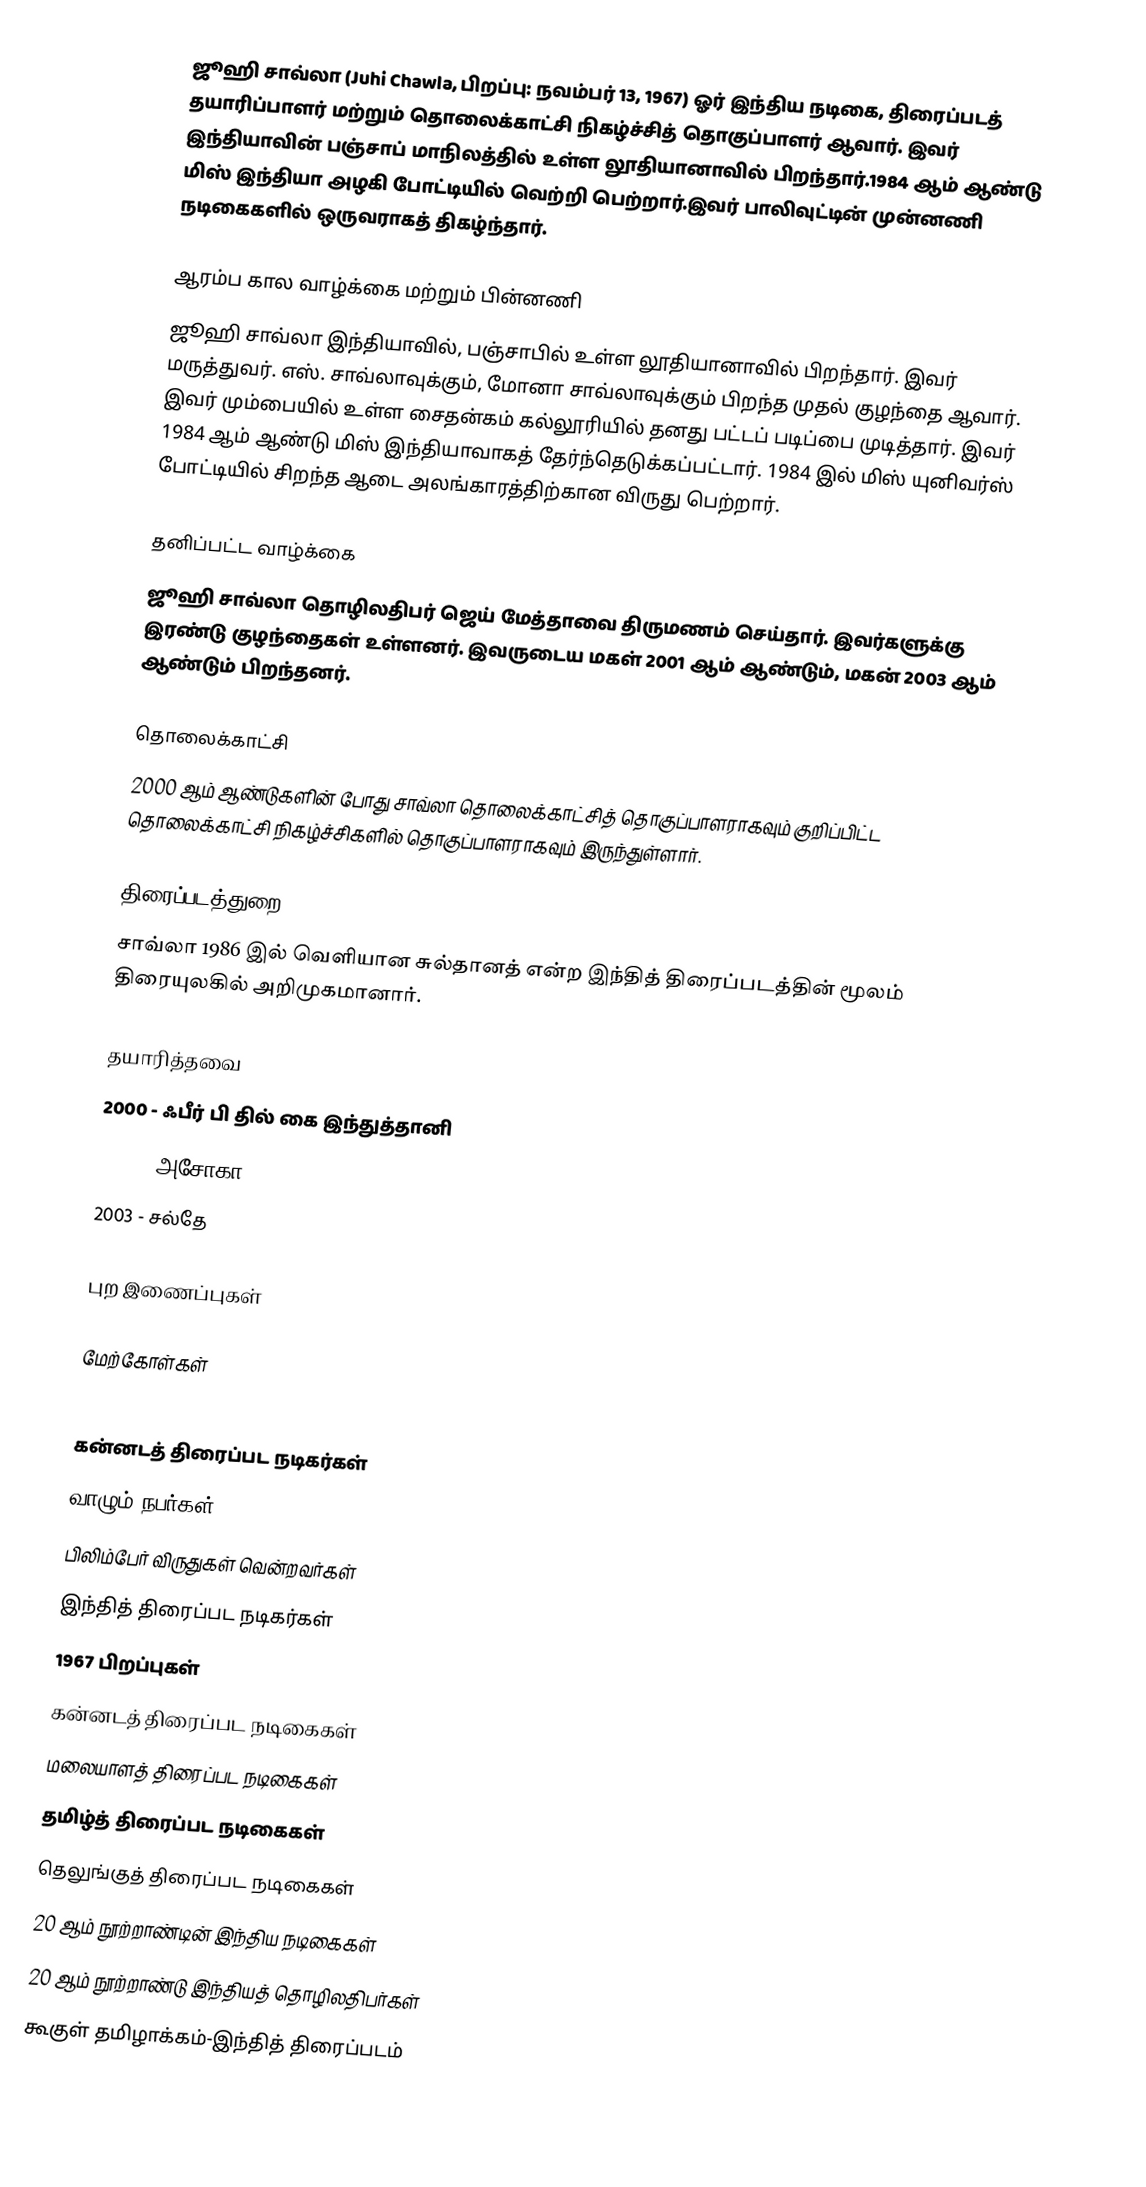
ஜூஹி சாவ்லா (Juhi Chawla, பிறப்பு: நவம்பர் 13, 1967) ஓர் இந்திய நடிகை, திரைப்படத் தயாரிப்பாளர் மற்றும் தொலைக்காட்சி நிகழ்ச்சித் தொகுப்பாளர் ஆவார். இவர் இந்தியாவின் பஞ்சாப் மாநிலத்தில் உள்ள லூதியானாவில் பிறந்தார்.1984 ஆம் ஆண்டு மிஸ் இந்தியா அழகி போட்டியில் வெற்றி பெற்றார்.இவர் பாலிவுட்டின் முன்னணி நடிகைகளில் ஒருவராகத் திகழ்ந்தார்.

ஆரம்ப கால வாழ்க்கை மற்றும் பின்னணி
ஜூஹி சாவ்லா இந்தியாவில், பஞ்சாபில் உள்ள லூதியானாவில் பிறந்தார். இவர் மருத்துவர். எஸ். சாவ்லாவுக்கும், மோனா சாவ்லாவுக்கும் பிறந்த முதல் குழந்தை ஆவார். இவர் மும்பையில் உள்ள சைதன்கம் கல்லூரியில் தனது பட்டப் படிப்பை முடித்தார். இவர் 1984 ஆம் ஆண்டு மிஸ் இந்தியாவாகத் தேர்ந்தெடுக்கப்பட்டார். 1984 இல் மிஸ் யுனிவர்ஸ் போட்டியில் சிறந்த ஆடை அலங்காரத்திற்கான விருது பெற்றார்.

தனிப்பட்ட வாழ்க்கை
ஜூஹி சாவ்லா தொழிலதிபர் ஜெய் மேத்தாவை திருமணம் செய்தார். இவர்களுக்கு இரண்டு குழந்தைகள் உள்ளனர். இவருடைய மகள் 2001 ஆம் ஆண்டும், மகன் 2003 ஆம் ஆண்டும் பிறந்தனர்.

தொலைக்காட்சி
2000 ஆம் ஆண்டுகளின் போது சாவ்லா தொலைக்காட்சித் தொகுப்பாளராகவும் குறிப்பிட்ட தொலைக்காட்சி நிகழ்ச்சிகளில் தொகுப்பாளராகவும் இருந்துள்ளார்.

திரைப்படத்துறை
சாவ்லா 1986 இல் வெளியான சுல்தானத் என்ற இந்தித் திரைப்படத்தின் மூலம் திரையுலகில் அறிமுகமானார்.

தயாரித்தவை
 2000 - ஃபீர் பி தில் கை இந்துத்தானி
 2001 - அசோகா
 2003 - சல்தே

புற இணைப்புகள்

மேற்கோள்கள்

கன்னடத் திரைப்பட நடிகர்கள்
வாழும் நபர்கள்
பிலிம்பேர் விருதுகள் வென்றவர்கள்
இந்தித் திரைப்பட நடிகர்கள்
1967 பிறப்புகள்
கன்னடத் திரைப்பட நடிகைகள்
மலையாளத் திரைப்பட நடிகைகள்
தமிழ்த் திரைப்பட நடிகைகள்
தெலுங்குத் திரைப்பட நடிகைகள்
20 ஆம் நூற்றாண்டின் இந்திய நடிகைகள்
20 ஆம் நூற்றாண்டு இந்தியத் தொழிலதிபர்கள்
கூகுள் தமிழாக்கம்-இந்தித் திரைப்படம்